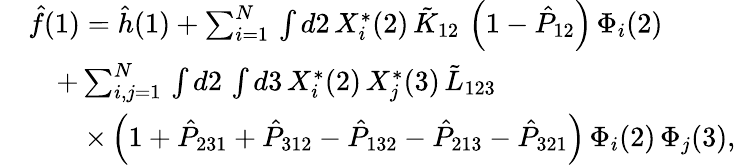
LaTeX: \begin{array}{rl}&{\hat{f}(1)=\hat{h}(1)+\sum_{i=1}^{N}\, \int d2\, X_{i}^{*}(2)\, \tilde{K}_{12}\, \left(1-\hat{P}_{12}\right)\, \Phi_{i}(2)}\\ &{\quad+\sum_{i,j=1}^{N}\, \int d2\, \int d3\, X_{i}^{*}(2)\, X_{j}^{*}(3)\, \tilde{L}_{123}}\\ &{\quad\quad\times\left(1+\hat{P}_{231}+\hat{P}_{312}-\hat{P}_{132}-\hat{P}_{213}-\hat{P}_{321}\right)\, \Phi_{i}(2)\, \Phi_{j}(3)\mathrm{,}}\end{array}